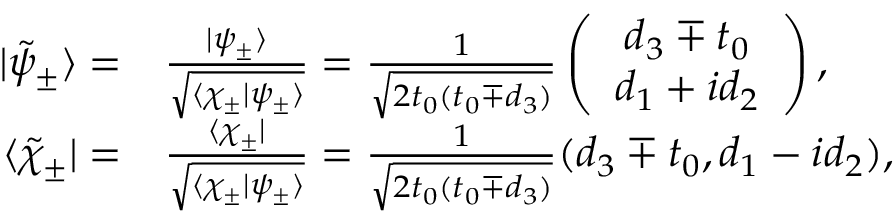
\begin{array} { r l } { | \tilde { \psi } _ { \pm } \rangle = } & { \frac { | \psi _ { \pm } \rangle } { \sqrt { \langle \chi _ { \pm } | \psi _ { \pm } \rangle } } = \frac { 1 } { \sqrt { 2 t _ { 0 } ( t _ { 0 } \mp d _ { 3 } ) } } \left( \begin{array} { c } { d _ { 3 } \mp t _ { 0 } } \\ { d _ { 1 } + i d _ { 2 } } \end{array} \right) , } \\ { \langle \tilde { \chi } _ { \pm } | = } & { \frac { \langle \chi _ { \pm } | } { \sqrt { \langle \chi _ { \pm } | \psi _ { \pm } \rangle } } = \frac { 1 } { \sqrt { 2 t _ { 0 } ( t _ { 0 } \mp d _ { 3 } ) } } ( d _ { 3 } \mp t _ { 0 } , d _ { 1 } - i d _ { 2 } ) , } \end{array}